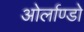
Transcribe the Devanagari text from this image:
ओर्लाण्डो